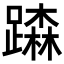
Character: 𨅾